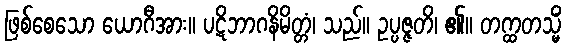
ဖြစ်စေသော ယောဂီအား။ ပဋိဘာဂနိမိတ္တံ၊ သည်။ ဥပ္ပဇ္ဇတိ၊ ၏။ တက္ထတသ္မိံ